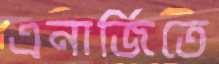
এনার্জিতে